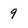
Character: 9